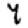
Digit: 7